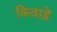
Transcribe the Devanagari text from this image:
किवाड़े